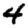
Digit: 4